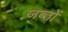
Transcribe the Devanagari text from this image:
जब्तों